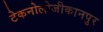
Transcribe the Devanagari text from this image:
टेकनोलोजीकानपुर